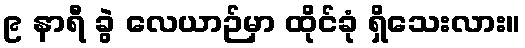
၉ နာရီ ခွဲ လေယာဉ်မှာ ထိုင်ခုံ ရှိသေးလား။